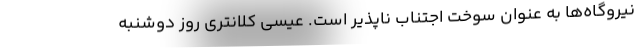
نیروگاه‌ها به عنوان سوخت اجتناب ناپذیر است. عیسی کلانتری روز دوشنبه